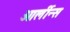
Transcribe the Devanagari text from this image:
ओर्लीन्स